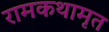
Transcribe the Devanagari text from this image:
रामकथामृत